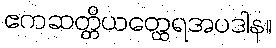
ဧကဆတ္တိယတ္ထေရအပဒါန။